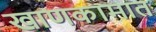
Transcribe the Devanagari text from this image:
खाणकामात